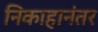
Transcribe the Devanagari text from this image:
निकाहानंतर